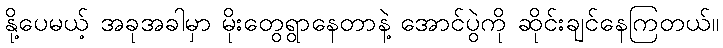
နို့ပေမယ့် အခုအခါမှာ မိုးတွေရွာနေတာနဲ့ အောင်ပွဲကို ဆိုင်းချင်နေကြတယ်။